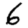
Digit: 6